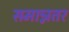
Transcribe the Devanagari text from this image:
समान्नतर